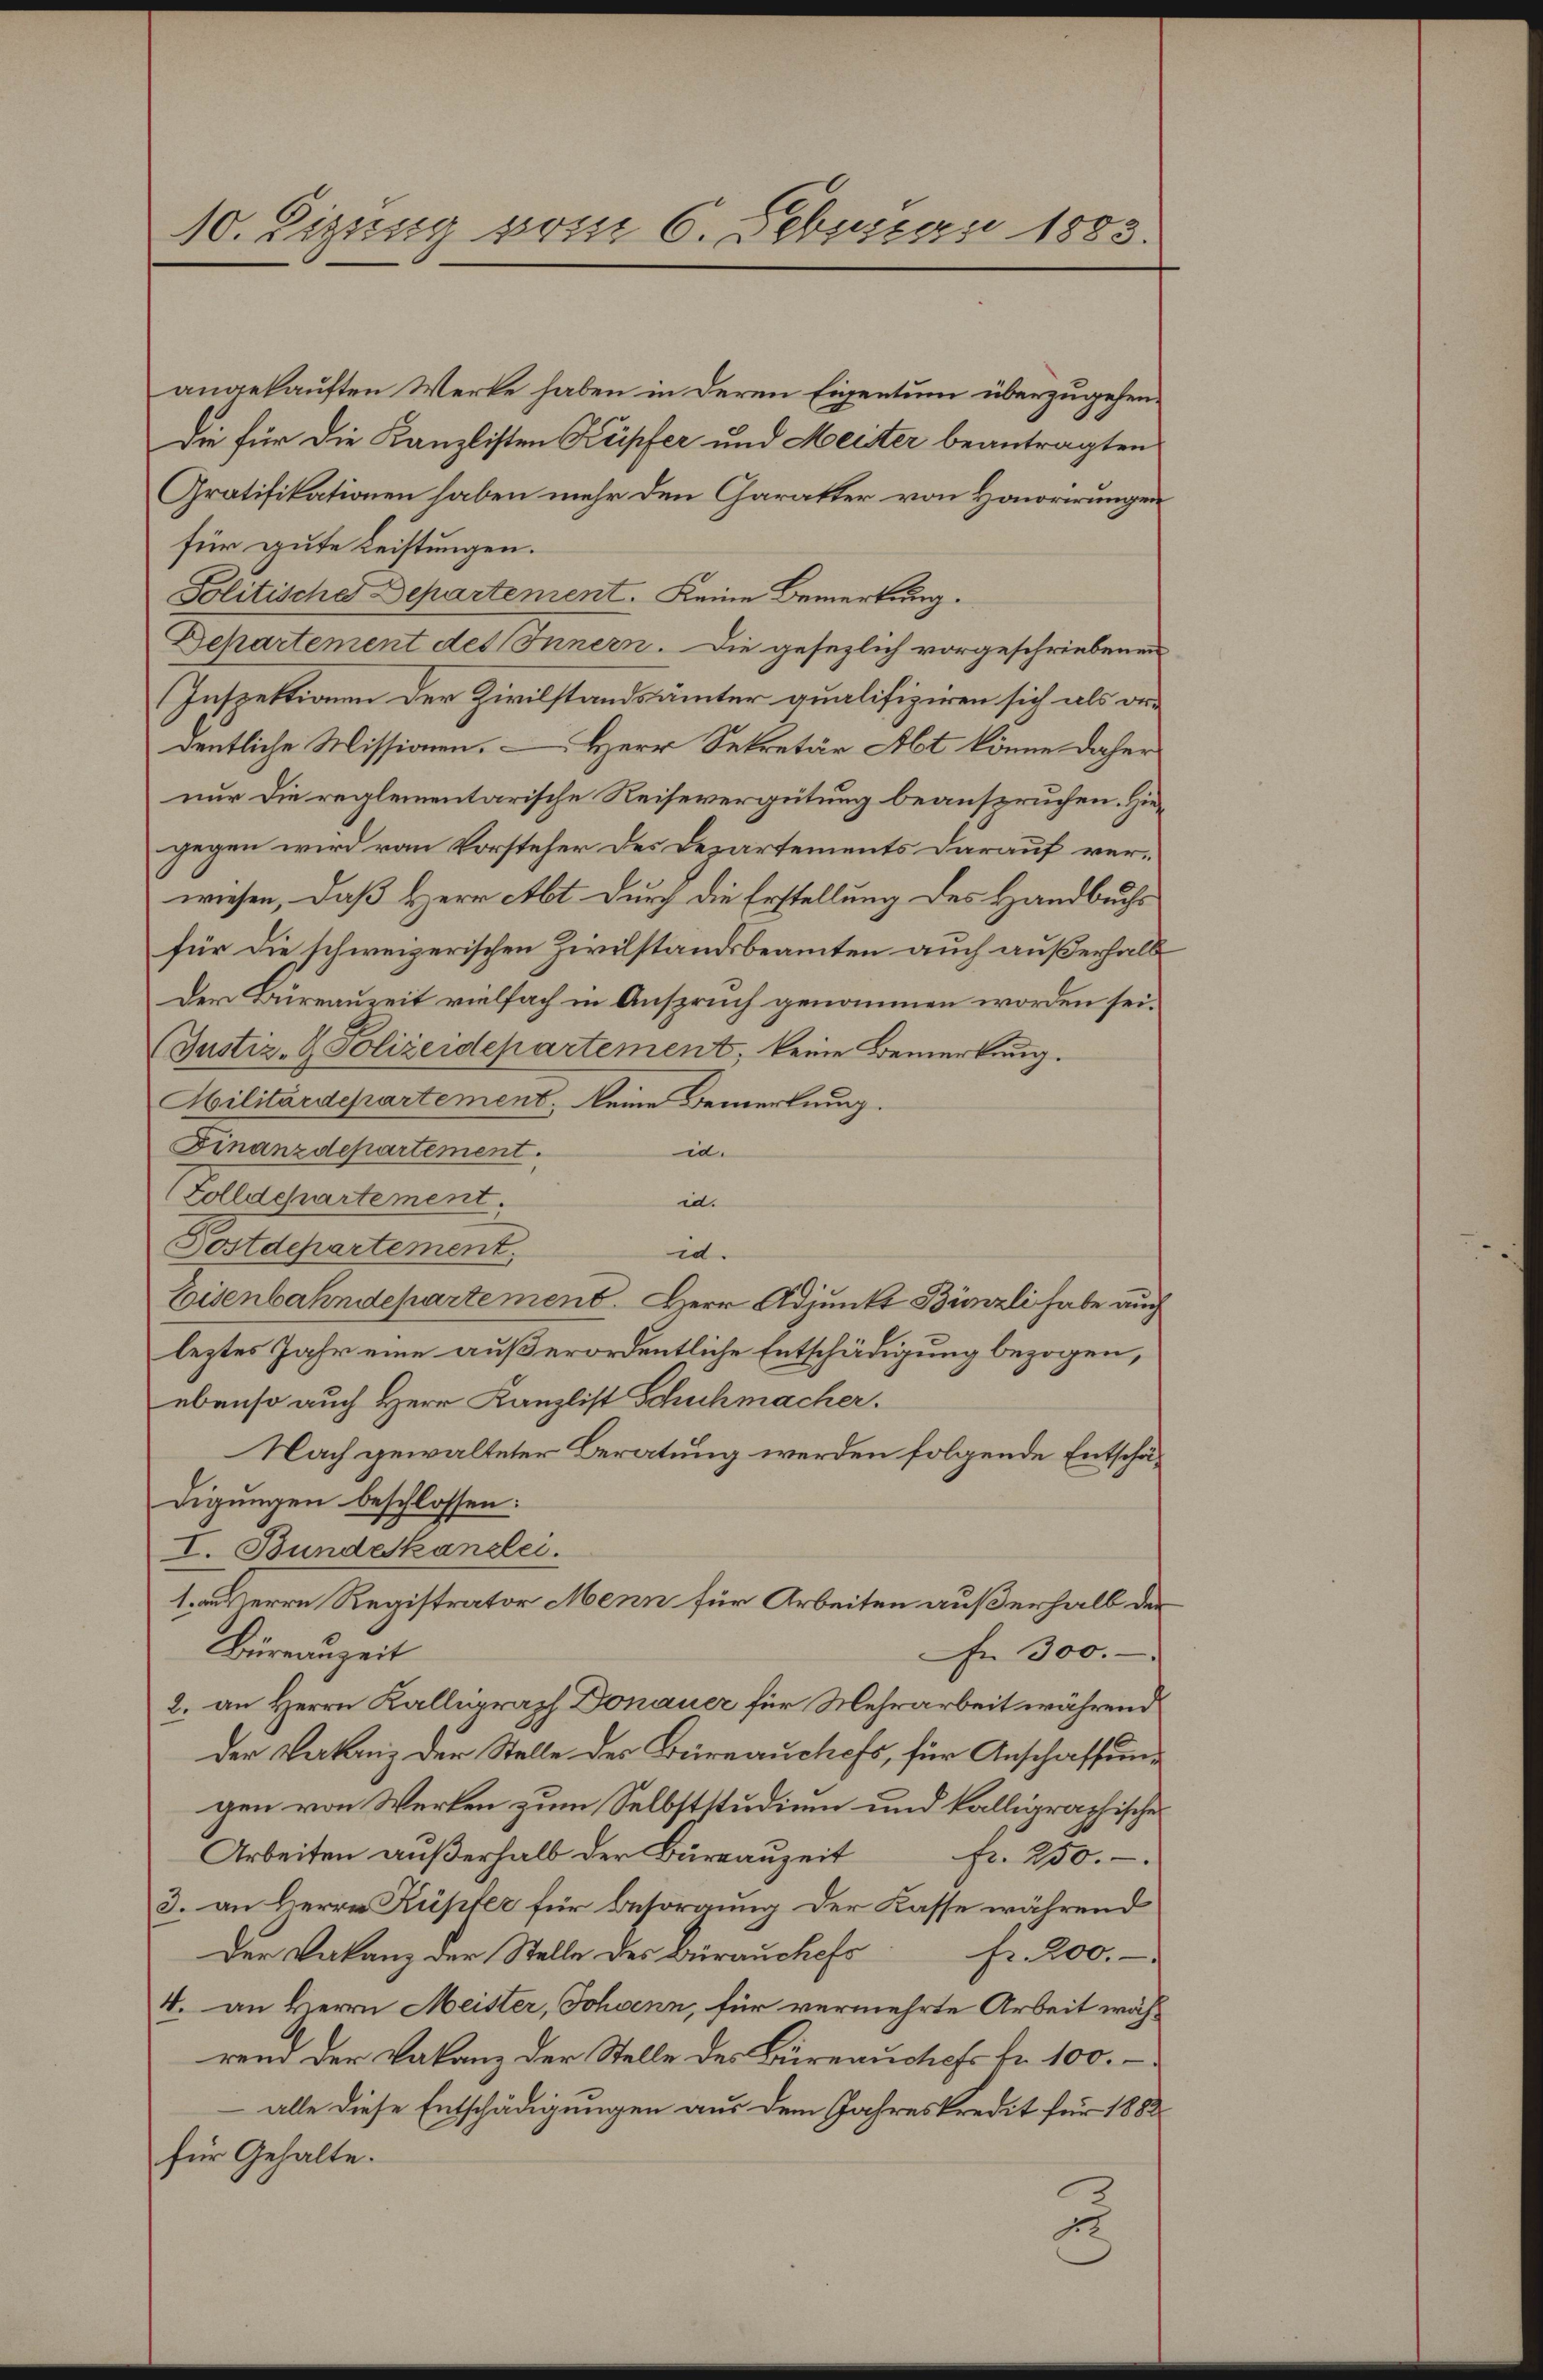
10. Sizung vom 6. Februar 1883.

angekauften Werke haben in deren Eigentum überzugehendie für die Kanzlisten Kupfer und Meister beantragten
Gratifikationen haben mehr den Charakter von Honorirungen
für gute Leistungen.
Solitische Departement. Keine Bemerkung.
Departement des Innern. Die gesezlich vorgeschriebenen
Inspektionen der Zivilstandsämter qualifizieren sich als ver-
dentliche Missionen. – Herr Sekretär Abt könne daher
nur die reglementarische Reisevergütung beanspruchen. Hiegegen wird von Vorsteher des Departements darauf verwiesen, daß Herr Abt. Durch die Erstellung des Handbuchs
für die schweizerischen Zivilstandsbeamten auch außerhalb
Der Bureauzeit vielfach in Anspruch genommen worden sei.
(Justiz- & Polizeidepartement, keine Bemerkung.
Militärdepartement, keine Bemerkung.
Finanzdepartement.
in.
Zolldepartement.
in.
Postdepartement.
id.
Eisenbahndepartement. Herr Adjunkt Bünzli habe auch
leztes Jahr eine außerordentliche Entschädigung bezogen,
ebenso auch Herr Kanzlist Schuhmacher.
Nach gewalteter Beratung werden folgende Entschädigungen beschlossen:
I. Bundeskanzlei.
1. an Herrn Registrator Menn für Arbeiten außerhalb der
Büreauzeit
n 300.
2. an Herrn Kalligraph Donauer für Mehrarbeit während
der Vakanz der Stelle des Büreauchefs, für Anschaffungen von Werken zum Selbststudium und kalligraphische
Arbeiten aŭβerhalb der Büreaŭzeit fr. 250.
3. an Herrn Kupfer für Besorgung der Kasse während
Der Vakanz der Stelle des Brauchef Fr. 200.-
4. an Herrn Meister, Johann, für vermehrte Arbeit wäh-
rend der Valanz der Stelle des Büreauchefs Nr. 100.
alle diese Entschädigungen aus dem Jahreskredit für 1882
für Gehalte.
2